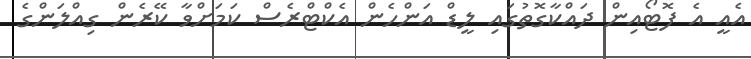
އެއީ އެ ފޮޓޯއިން ދައްކާގޮތުގައި ލީޑް އަންހެން އެކްޓްރެސް ކަމަށްވާ ކޭރެން ގިއްލަންގެ